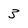
Character: 3